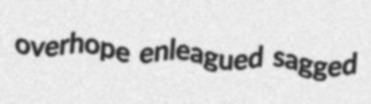
overhope enleagued sagged